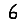
Digit: 6